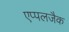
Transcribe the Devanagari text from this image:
एप्पलजैक